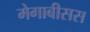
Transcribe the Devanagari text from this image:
मेगाबीसस